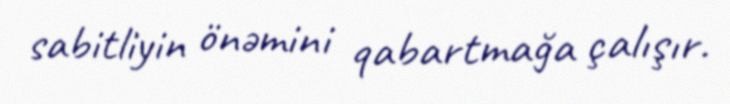
sabitliyin önəmini qabartmağa çalışır.